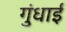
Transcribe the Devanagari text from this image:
गुंधाई